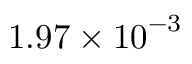
1 . 9 7 \times { { 1 0 } ^ { - 3 } }